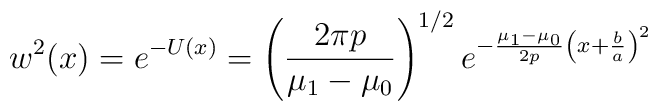
w^2(x)=e^{-U(x)}=\left({2\pi p\over \mu_1-\mu_0}\right)^{1/2}e^{-{\mu_1-\mu_0\over 2p}\left(x+{b\over a}\right)^2}